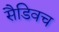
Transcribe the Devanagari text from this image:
सैडिवच